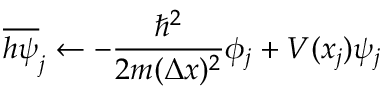
\overline { { h \psi } } _ { j } \leftarrow - \frac { \hbar ^ { 2 } } { 2 m ( \Delta x ) ^ { 2 } } \phi _ { j } + V ( x _ { j } ) \psi _ { j }